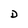
Character: D